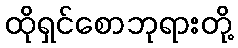
ထိုရှင်စောဘုရားတို့